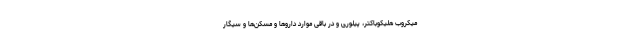
میکروب هلیکوباکتر، پیلوری و در باقی موارد داروها و مسکن‌ها و سیگار